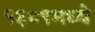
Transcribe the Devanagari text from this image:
१६८९मध्ये